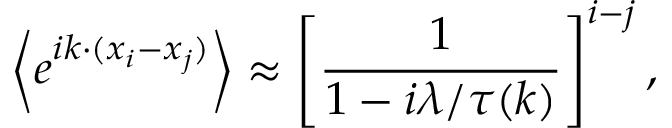
\left\langle e ^ { i k \cdot ( x _ { i } - x _ { j } ) } \right\rangle \approx \left[ \frac { 1 } { 1 - i \lambda / \tau ( k ) } \right] ^ { i - j } ,